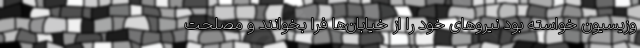
وزیسیون خواسته بود نیروهای خود را از خیابان‌ها فرا بخوانند و مصلحت